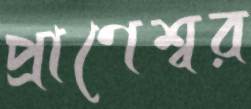
প্রাণেশ্বর